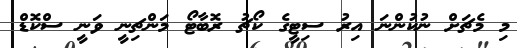
މި މެޗަށް ނުކުންނަ އިރު ސިޓީގެ ކޯޗު ރޮބާޓޯ މަންޗިނީ ވަނީ ސްކޮޑް